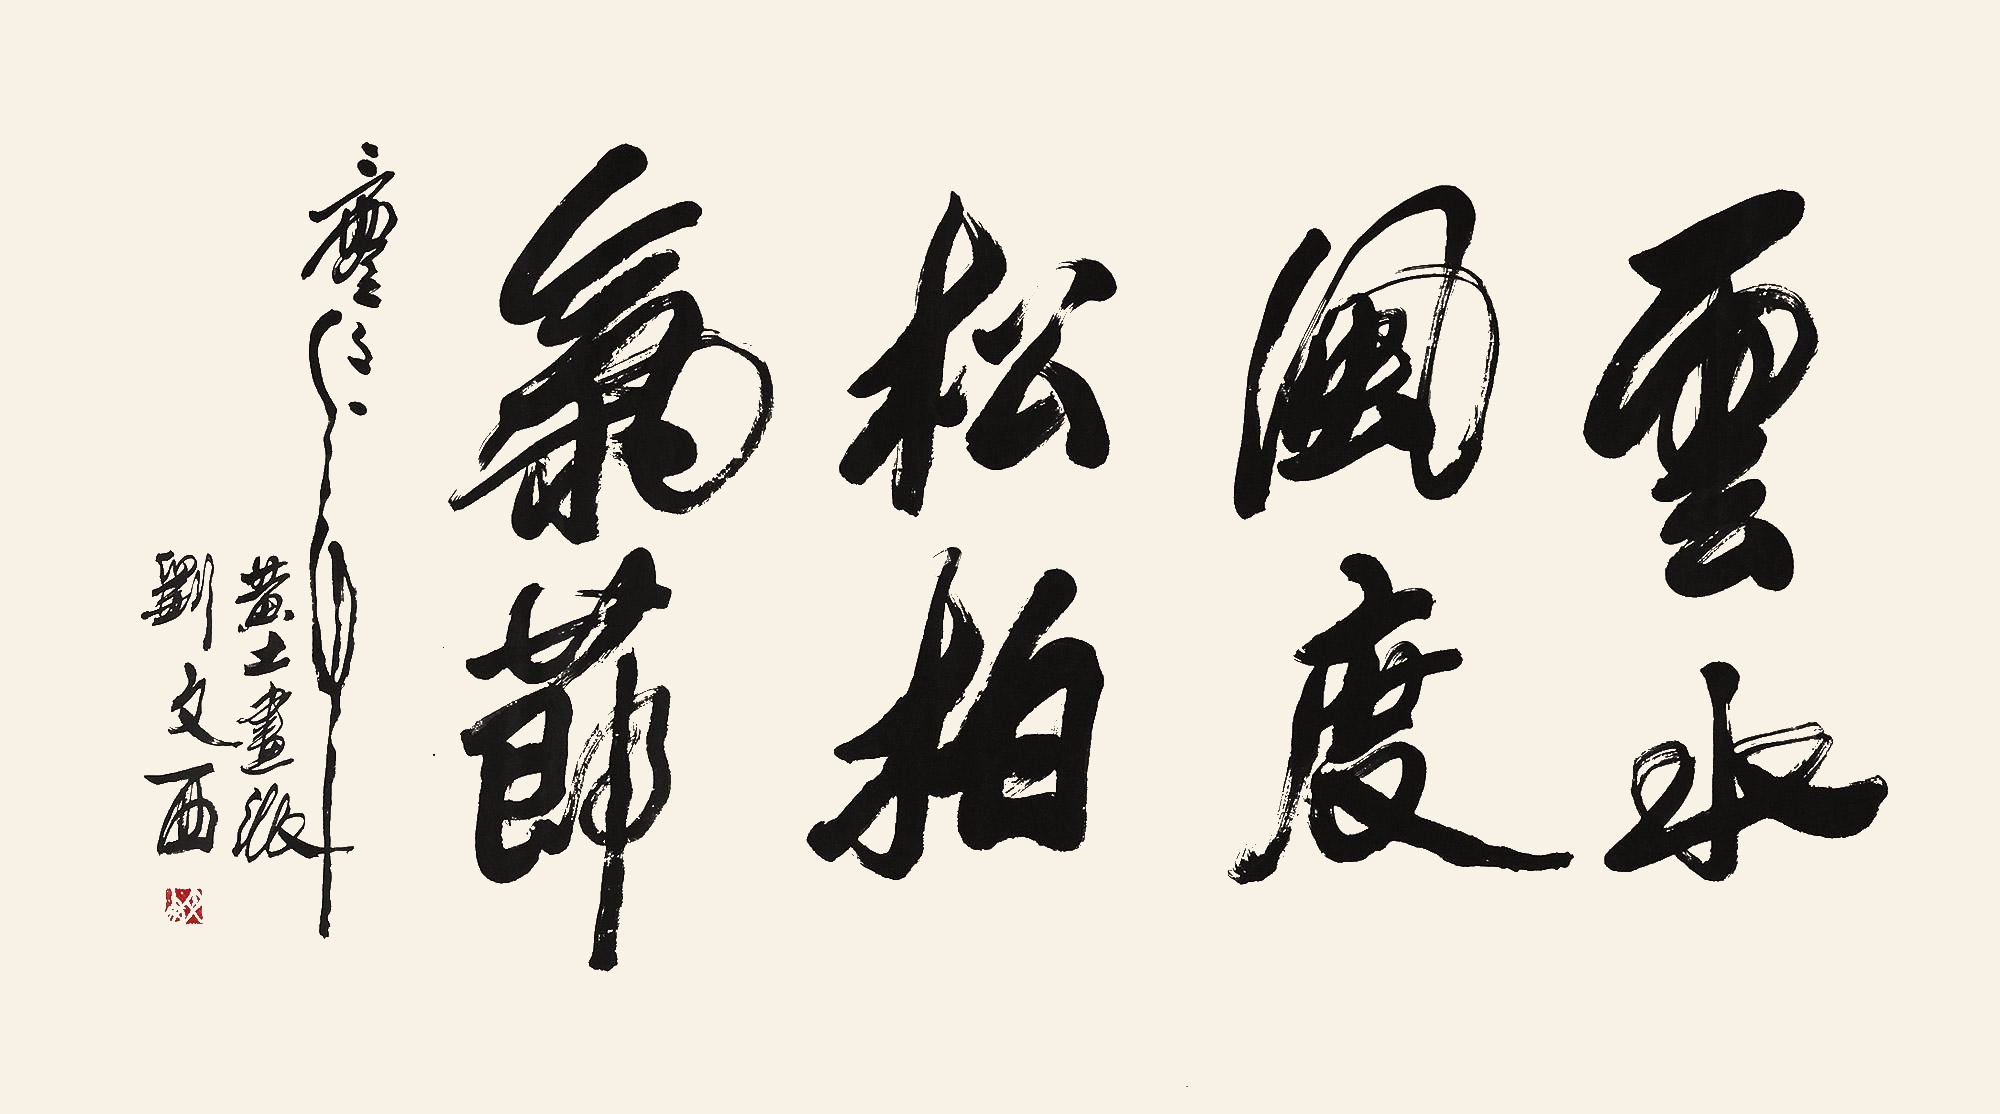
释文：云水风度，松柏气节二零零一年，黄土画派刘文西。